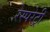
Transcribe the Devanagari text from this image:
रेस्परेट्री